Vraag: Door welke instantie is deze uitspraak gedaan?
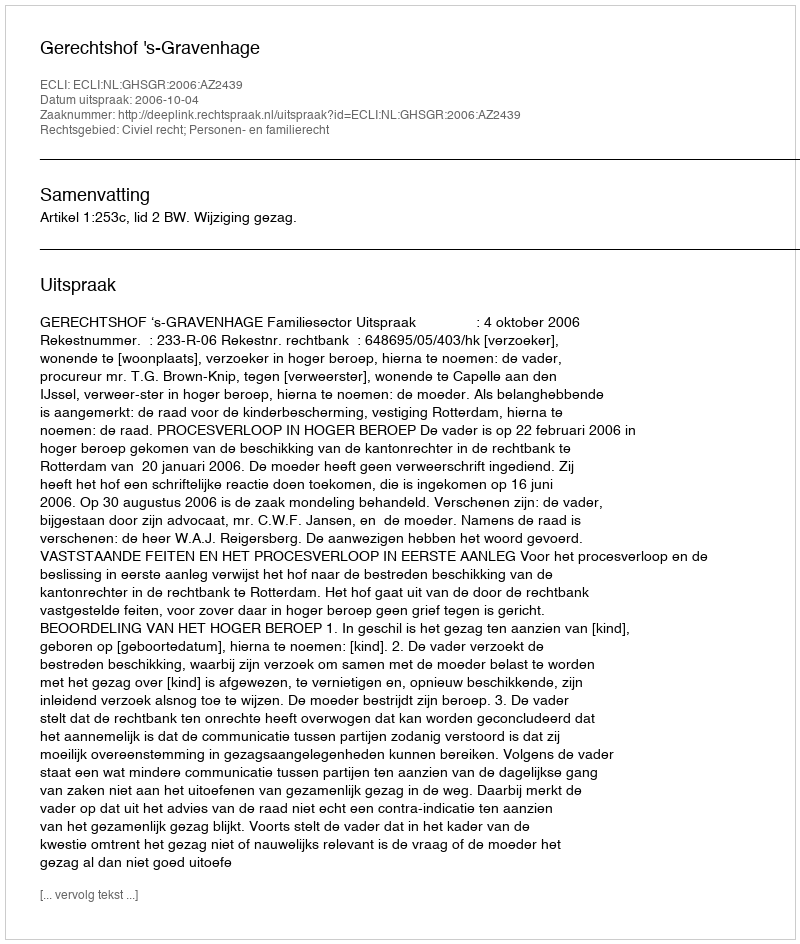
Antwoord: Gerechtshof 's-Gravenhage